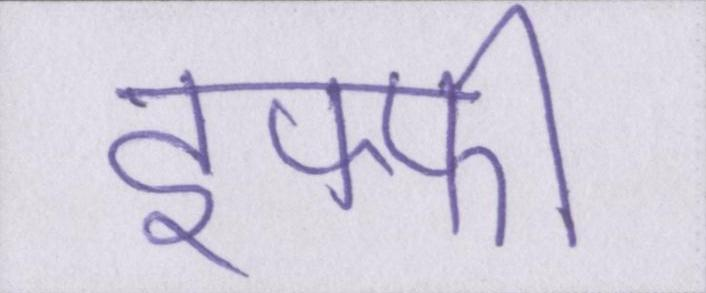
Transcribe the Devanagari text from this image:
इफ्फी